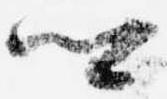
卿